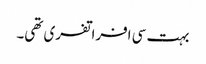
بہت سی افراتفری تھی۔